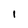
Character: 1